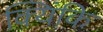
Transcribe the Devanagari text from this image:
क्यिंकि